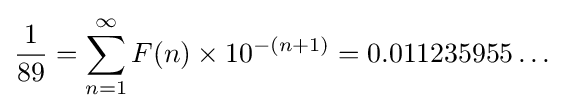
{\frac {1}{89}}=\sum _{n=1}^{\infty }{F(n)\times 10^{-(n+1)}}=0.011235955\dots \